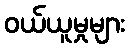
ဝယ်ယူမှုများ